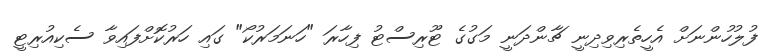
ފުލުހުންނަށް އެހީތެރިވިދިނީ ޗާންދަނީ މަގުގެ ޓޫރިސްޓު ފިހާރަ "ހަނަމަރުކޯ" ގައި ހަރުކޮށްފައިވާ ސެކިއުރިޓީ